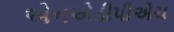
એનએડીપીએચ